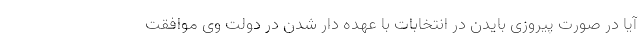
آیا در صورت پیروزی بایدن در انتخابات با عهده دار شدن در دولت وی موافقت